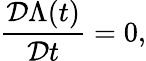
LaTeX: \frac{{\cal D}\Lambda(t)}{{\cal D}t}=0,